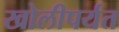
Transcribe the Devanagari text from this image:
खोलीपर्यत